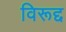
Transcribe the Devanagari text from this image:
विरूद्द